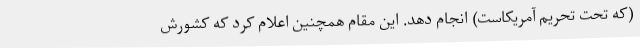
(که تحت تحریم آمریکاست) انجام دهد. این مقام همچنین اعلام کرد که کشورش